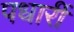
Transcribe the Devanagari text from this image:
पधारीं